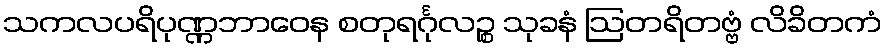
သကလပရိပုဏ္ဏဘာဝေန စတုရင်္ဂုလဉ္စ သုခနံ ဩတရိတဗ္ဗံ လိခိတကံ